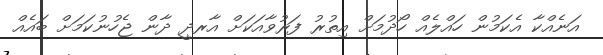
އަނެއްކާ އެކަމުން ހައްލެއް ހޯދުމަށް އިތުރު ފަރުވާއަކަށް އާރދީ ދާން ޖެހުނުކަމަށް ބައެއް